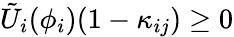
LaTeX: \tilde{U}_{i}(\phi_{i})(1-\kappa_{ij})\geq 0